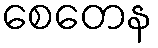
စေတေန